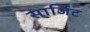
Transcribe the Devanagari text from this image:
सार्जिट